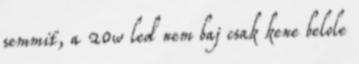
semmit, a 20w led nem baj csak kene belole